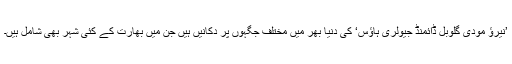
’نیرؤ مودی گلوبل ڈائمنڈ جیولری ہاؤس‘ کی دنیا بھر میں مختلف جگہوں پر دکانیں ہیں جن میں بھارت کے کئی شہر بھی شامل ہیں۔